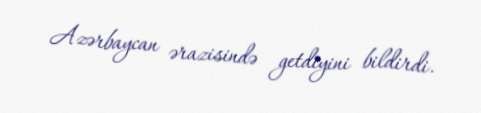
Azərbaycan ərazisində getdiyini bildirdi.